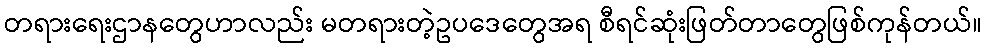
တရားရေးဌာနတွေဟာလည်း မတရားတဲ့ဥပဒေတွေအရ စီရင်ဆုံးဖြတ်တာတွေဖြစ်ကုန်တယ်။